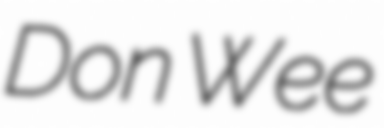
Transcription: Don Wee